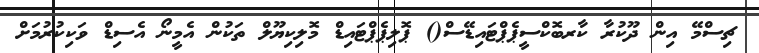
ޗިސްމޭ އިން ދޫކުރާ ކާރބޮކްސީޕެޕްޓައިޑޭސް() ޕޮލިޕެޕްޓައިޑް މޮލިކިޔޫލް ތަކުން އެމީނޯ އެސިޑް ވަކިކުރުމަށް